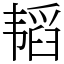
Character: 韬